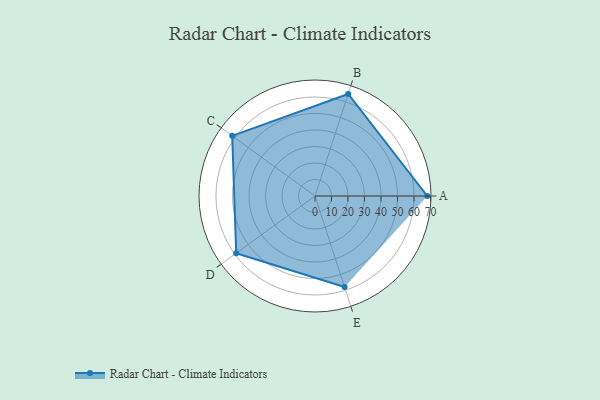
{"axis": {"x": "Skill", "y": "Score"}, "legend": ["Profile"], "data": [{"x": "A", "y": 68.0, "type": "Profile"}, {"x": "B", "y": 65.0, "type": "Profile"}, {"x": "C", "y": 62.0, "type": "Profile"}, {"x": "D", "y": 59.0, "type": "Profile"}, {"x": "E", "y": 58.0, "type": "Profile"}]}